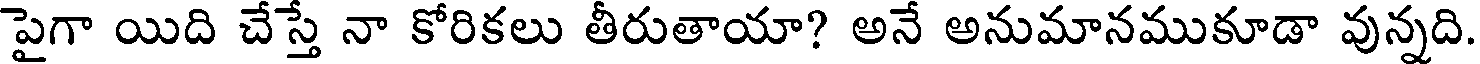
పైగా యిది చేస్తే నా కోరికలు తీరుతాయా? అనే అనుమానముకూడా వున్నది